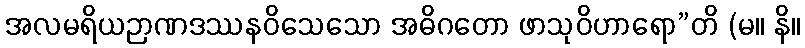
အလမရိယဉာဏဒဿနဝိသေသော အဓိဂတော ဖာသုဝိဟာရော”တိ (မ။ နိ။